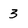
Character: 3